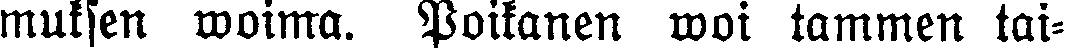
muksen woima. Poikanen woi tammen tai-